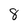
Character: 8